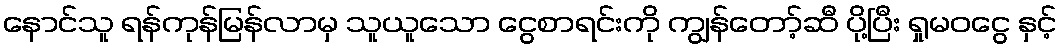
နောင်သူ ရန်ကုန်မြန်လာမှ သူယူသော ငွေစာရင်းကို ကျွန်တော့်ဆီ ပို့ပြီး ရှုမဝငွေ နှင့်